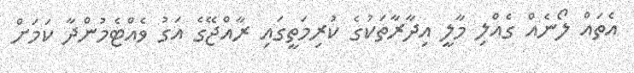
އެތައް ލޯނެއް ގެއްލި މާލީ އިދާރާތަކުގެ ކުރިމަތީގައި ރާއްޖޭގެ އަގު ވެއްޓެމުންދާ ކަމަށް